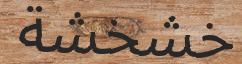
خشخشة